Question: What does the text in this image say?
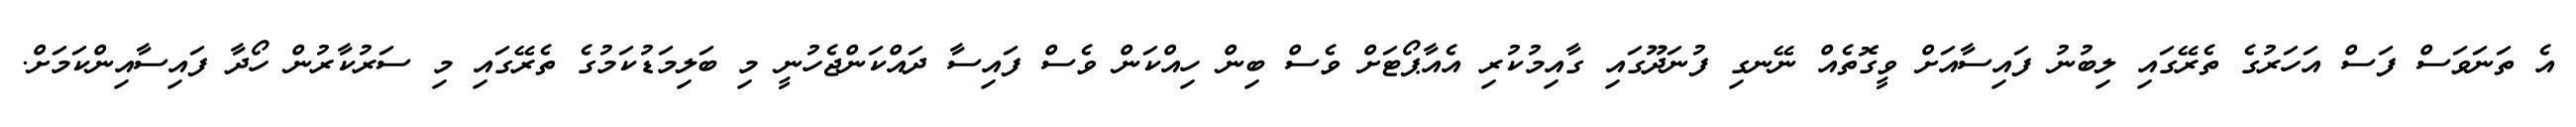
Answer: އެ ތަނަވަސް ފަސް އަހަރުގެ ތެރޭގައި ލިބުނު ފައިސާއަށް ވީގޮތެއް ނޭނގި ފުނަދޫގައި ގާއިމުކުރި އެއާޕޯޓަށް ވެސް ބިން ހިއްކަން ވެސް ފައިސާ ދައްކަންޖެހުނީ މި ބަލިމަޑުކަމުގެ ތެރޭގައި މި ސަރުކާރުން ހޯދާ ފައިސާއިންކަމަށް.